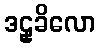
ဒဠှခိလော